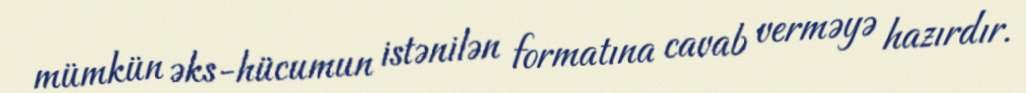
mümkün əks-hücumun istənilən formatına cavab verməyə hazırdır.